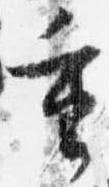
重